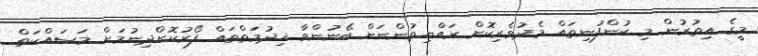
މީގެ އިތުރުން މި ކުންފުނިތައް މެދުވެރިކޮށް ރައްޔިތުންނަށް ބޭނުންވާ ޚިދުމަތްތައް ފޯރުކޮށްދިނުމަށް މަސައްކަތް